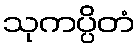
သုကပ္ပိတံ